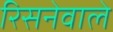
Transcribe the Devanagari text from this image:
रिसनेवाले